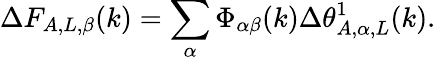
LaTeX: \Delta F_{A,L,\beta}(k)=\sum_{\alpha}\Phi_{\alpha\beta}(k)\Delta\theta_{A,\alpha,L}^{1}(k).